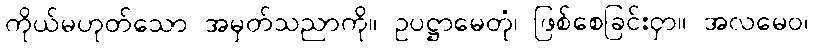
ကိုယ်မဟုတ်သော အမှတ်သညာကို။ ဥပဋ္ဌာမေတုံ၊ ဖြစ်စေခြင်းငှာ။ အလမေဝ၊